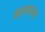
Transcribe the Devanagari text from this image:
कलामंडल